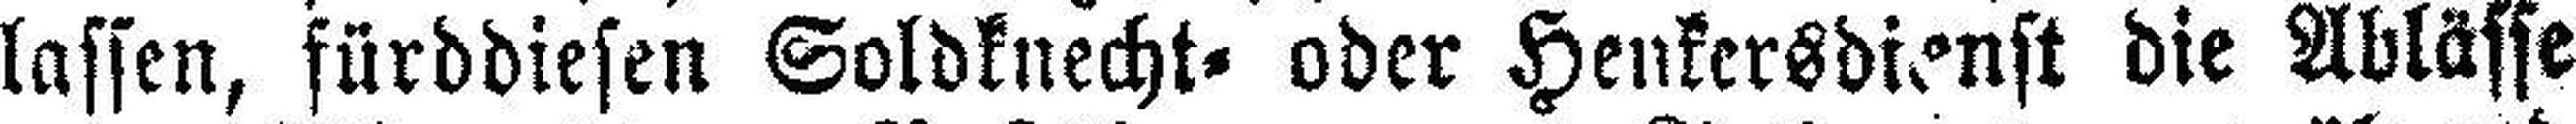
lassen, fürddiesen Soldknecht= oder Henkersdienst die Ablässe